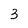
Character: 3